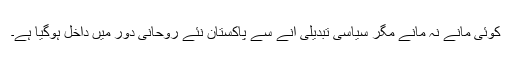
کوئی مانے نہ مانے مگر سیاسی تبدیلی آنے سے پاکستان نئے روحانی دور میں داخل ہوگیا ہے۔